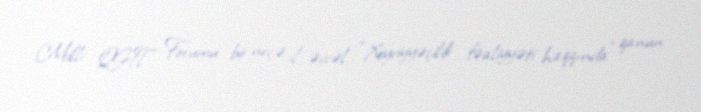
Milli QHT Forumu bir neçə il əvvəl “Xeyriyyəçilik fəaliyyəti haqqında” qanun